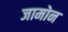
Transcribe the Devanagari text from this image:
जामोन